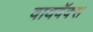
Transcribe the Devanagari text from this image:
वायवॅक्स